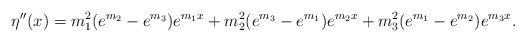
LaTeX: \begin{align*}\eta^{\prime \prime}(x) = m^2_1(e^{m_2}-e^{m_3 }) e^{m_1 x} + m^2_2 (e^{m_3}-e^{ m_1 }) e^{m_2 x}+ m_3^2 ( e^{m_1} - e^{m_2}) e^{m_3 x}.\end{align*}